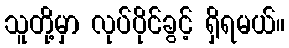
သူတို့မှာ လုပ်ပိုင်ခွင့် ရှိရမယ်။